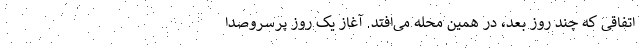
اتفاقی که چند روز بعد، در همین محله می‌افتد. آغاز یک روز پرسروصدا